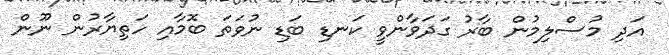
އަދި މުސްލިމުން ބާރު ގަދަވާންވީ ކަނޑި ބަޑި ނުވަތަ ބޮމާއި ހަތިޔާރުން ނޫން